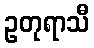
ဥတုရာသီ